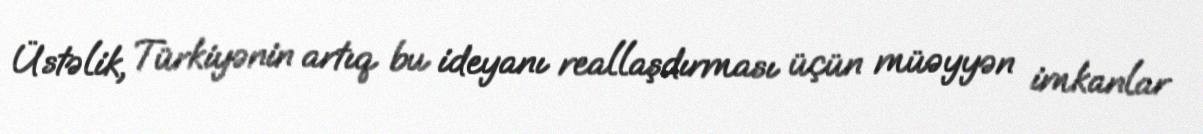
Üstəlik, Türkiyənin artıq bu ideyanı reallaşdırması üçün müəyyən imkanlar